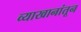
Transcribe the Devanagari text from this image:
व्याखानांतून